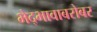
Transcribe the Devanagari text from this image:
भेद्भावाबरोबर